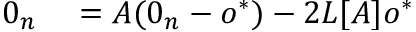
\begin{array} { r l } { 0 _ { n } } & { { } = A ( 0 _ { n } - o ^ { * } ) - 2 L [ A ] o ^ { * } } \end{array}